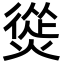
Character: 熧